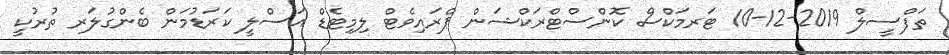
ތަފްސީލް 2019-12-10 ޓަރމަކްސް ކޮންސްޓްރަކްޝަން ޕްރައިވެޓް ލިމިޓެޑް އަސްލީ ކަރަޑުމަން ބެންގުލަރ ތުރުކީ